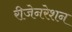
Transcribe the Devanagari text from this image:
रीजेनरेशन